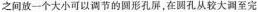
之间放-个大小可以调节的圆形孔屏，在圆孔从较大调至完